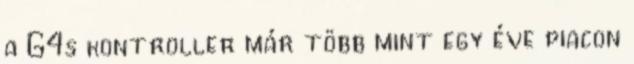
a G4s kontroller már több mint egy éve piacon